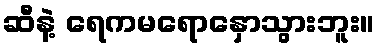
ဆီနဲ့ ရေကမရောနှောသွားဘူး။